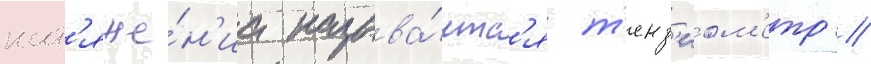
нат'яже́н'иа называ́етс'я т'енз'иом'етр //